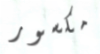
مكسور